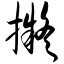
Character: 拟